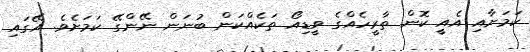
ކަމަށާއި އެއީ ކޮން ތާރީހެއްގެ ވީޑިއޯ ތަކެއްކަން ބުނަން ނޭންގޭ ކަމަށެވެ. އޭގައި